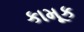
કામૂક